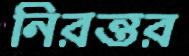
নিরন্তর